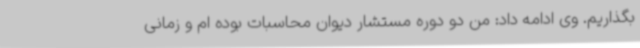
بگذاریم. وی ادامه داد: من دو دوره مستشار دیوان محاسبات بوده ام و زمانی